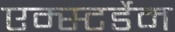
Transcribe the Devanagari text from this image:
एम्स्टर्डेम